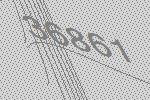
36861